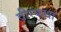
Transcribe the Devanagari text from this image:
वीरकथा